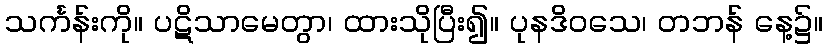
သင်္ကန်းကို။ ပဋိသာမေတွာ၊ ထားသိုပြီး၍။ ပုနဒိဝသေ၊ တဘန် နေ့၌။